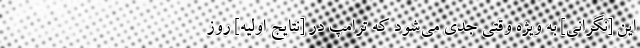
این [نگرانی] به ویژه وقتی جدی می‌شود که ترامپ در [نتایج اولیه] روز